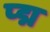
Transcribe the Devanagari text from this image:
प्द्म